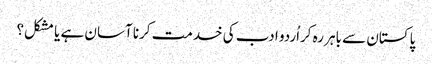
پاکستان سے باہر رہ کراُردو ادب کی خدمت کرنا آسان ہے یا مشکل؟